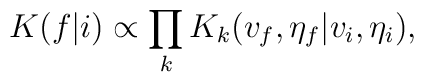
K(f|i) \propto \prod_k K_k(v_f, \eta_f | v_i, \eta_i),